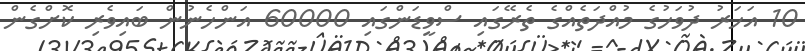
10 އަހަރު ދުވަހުގެ މުއްދަތެއްގެ ތެރޭގައި ސްވީޑަންގައި 60000 އަންހެނުން ބައިވެރި ކޮށްގެން